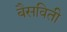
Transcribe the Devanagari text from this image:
बैसविती